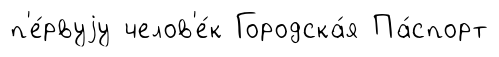
п'е́рвуjу челов'е́к Городска́я Па́спорт